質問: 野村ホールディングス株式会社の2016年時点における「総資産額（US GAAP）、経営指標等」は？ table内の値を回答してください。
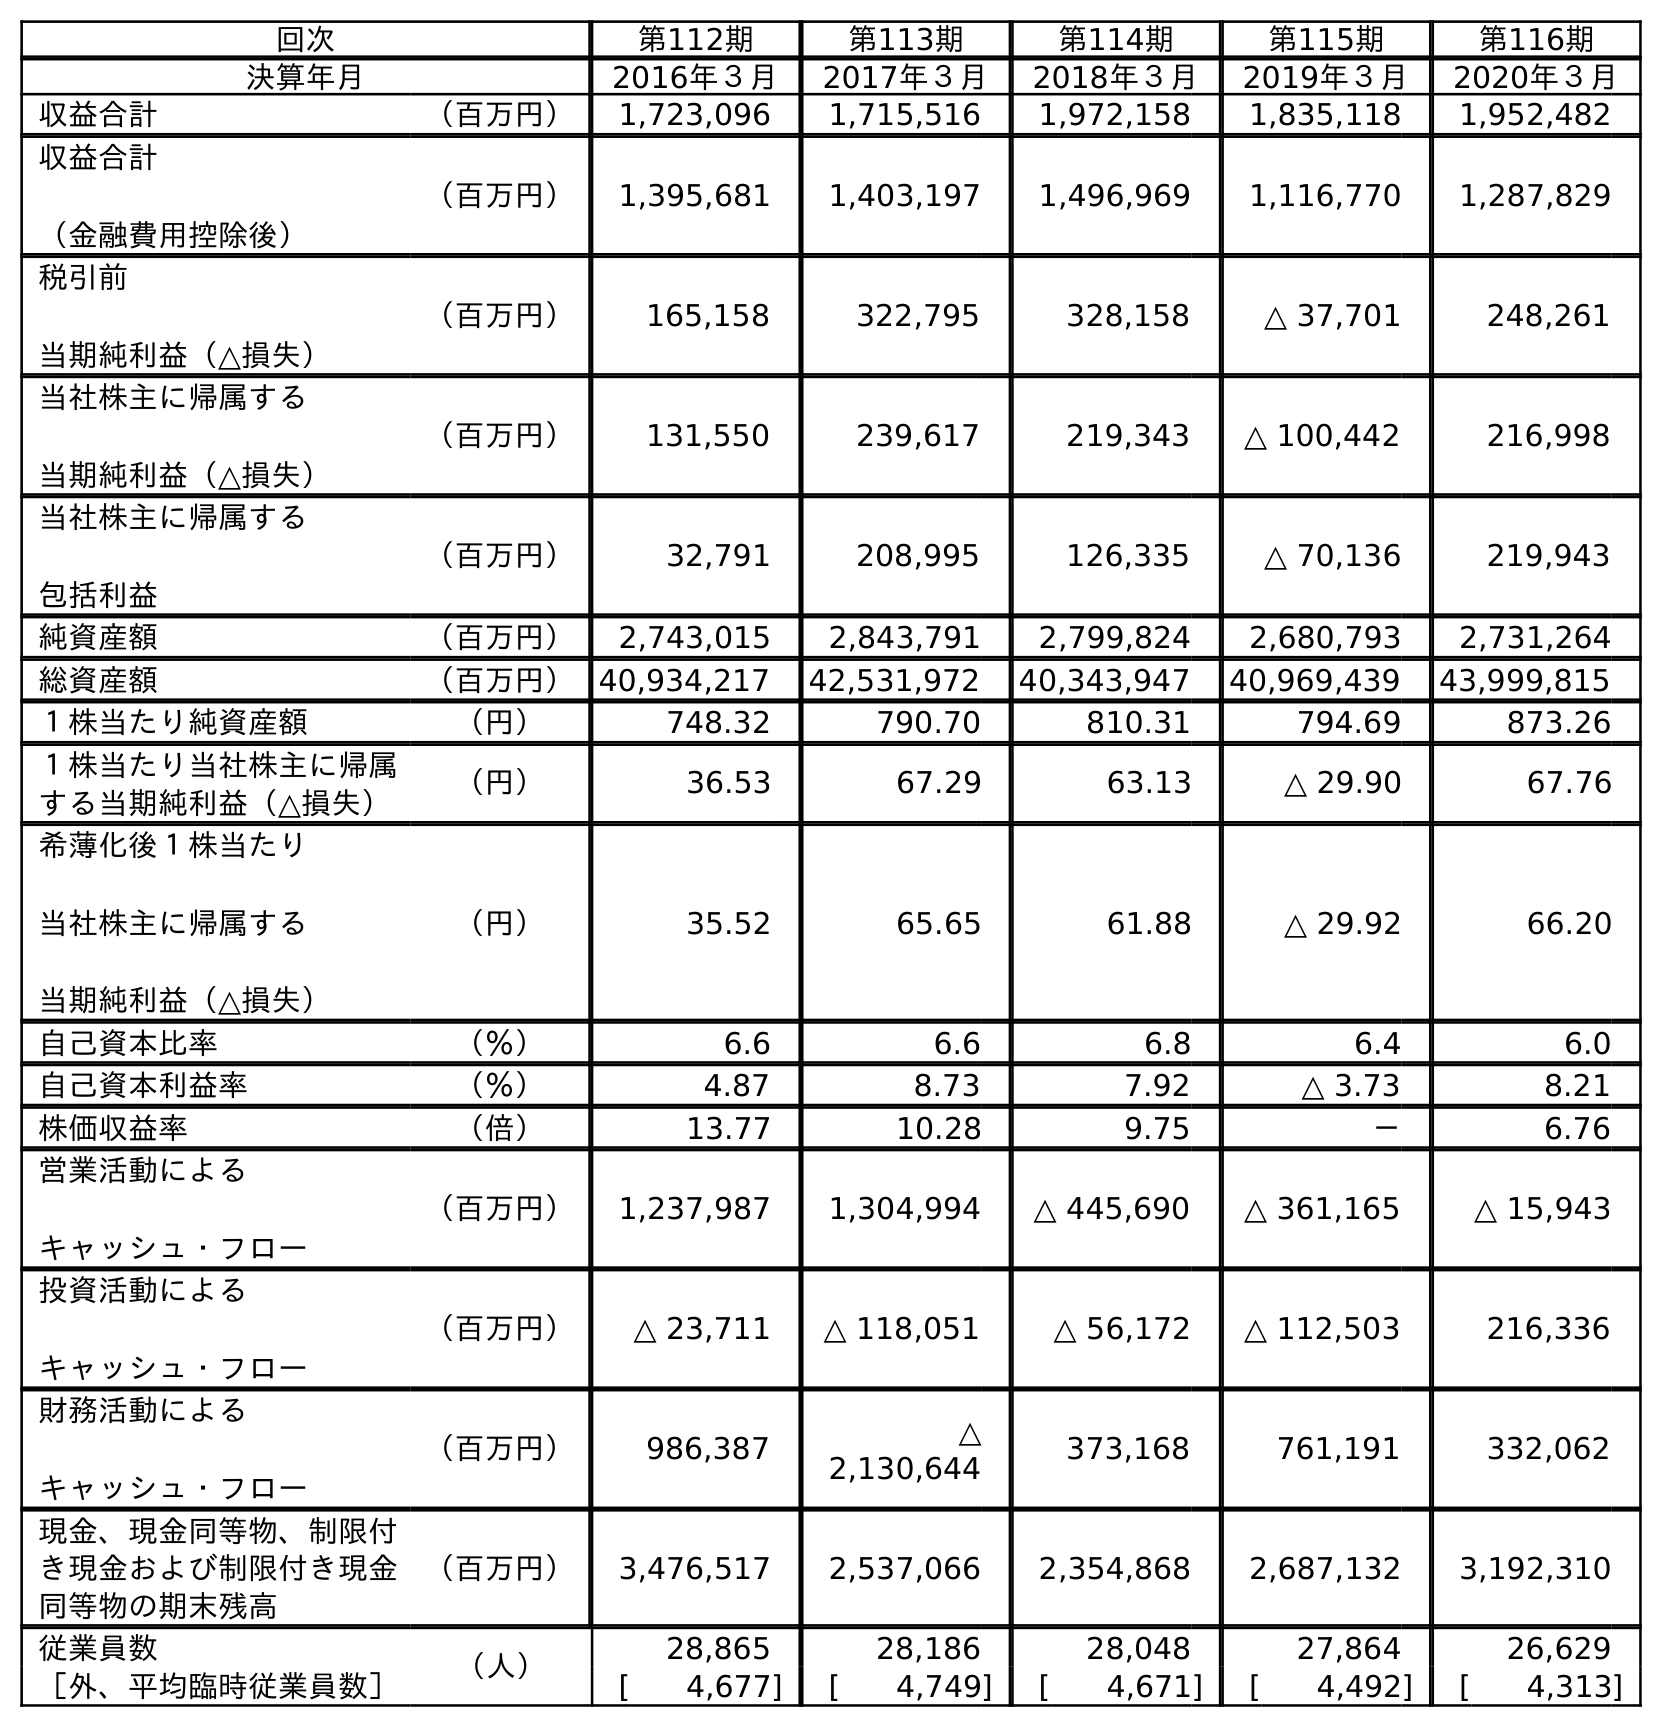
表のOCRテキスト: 回次 第112期 第113期 第114期 第115期 第116期 決算年月 2016年３月 2017年３月 2018年３月 2019年３月 2020年３月 収益合計 （百万円） 1,723,096 1,715,516 1,972,158 1,835,118 1,952,482 収益合計 （金融費用控除後） （百万円） 1,395,681 1,403,197 1,496,969 1,116,770 1,287,829 税引前 当期純利益（△損失） （百万円） 165,158 322,795 328,158 △ 37,701 248,261 当社株主に帰属する 当期純利益（△損失） （百万円） 131,550 239,617 219,343 △ 100,442 216,998 当社株主に帰属する 包括利益 （百万円） 32,791 208,995 126,335 △ 70,136 219,943 純資産額 （百万円） 2,743,015 2,843,791 2,799,824 2,680,793 2,731,264 総資産額 （百万円）40,934,217 42,531,972 40,343,947 40,969,439 43,999,815 １株当たり純資産額 （円） 748.32 790.70 810.31 794.69 873.26 １株当たり当社株主に帰属 する当期純利益（△損失） （円） 36.53 67.29 63.13 △ 29.90 67.76 希薄化後１株当たり 当社株主に帰属する 当期純利益（△損失） （円） 35.52 65.65 61.88 △ 29.92 66.20 自己資本比率 （％） 6.6 6.6 6.8 6.4 6.0 自己資本利益率 （％） 4.87 8.73 7.92 △ 3.73 8.21 株価収益率 （倍） 13.77 10.28 9.75 － 6.76 営業活動による キャッシュ・フロー （百万円） 1,237,987 1,304,994 △ 445,690 △ 361,165 △ 15,943 投資活動による キャッシュ・フロー （百万円） △ 23,711 △ 118,051 △ 56,172 △ 112,503 216,336 財務活動による キャッシュ・フロー （百万円） 986,387 △ 2,130,644 373,168 761,191 332,062 現金、現金同等物、制限付 き現金および制限付き現金 同等物の期末残高 （百万円） 3,476,517 2,537,066 2,354,868 2,687,132 3,192,310 従業員数 （人） 28,865 28,186 28,048 27,864 26,629 ［外、平均臨時従業員数］ [ 4,677] [ 4,749] [ 4,671] [ 4,492] [ 4,313]
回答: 40,934,217